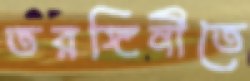
তরঙ্গিনীতে